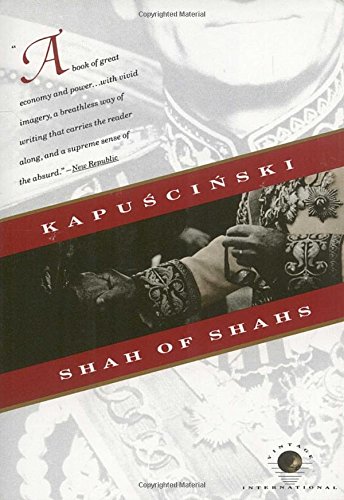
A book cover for Shah of Shahs; Ryszard Kapuscinski; History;